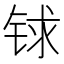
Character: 𨱇